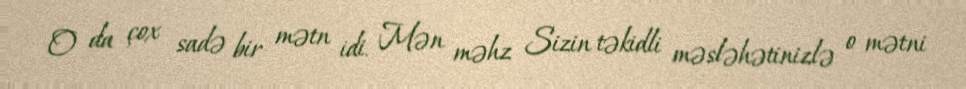
O da çox sadə bir mətn idi. Mən məhz Sizin təkidli məsləhətinizlə o mətni